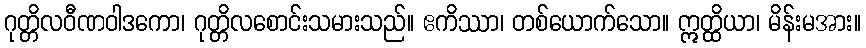
ဂုတ္တိလဝီဏဝါဒကော၊ ဂုတ္တိလစောင်းသမားသည်။ ဧကိဿာ၊ တစ်ယောက်သော။ ဣတ္ထိယာ၊ မိန်းမအား။